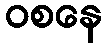
ဝစနေ